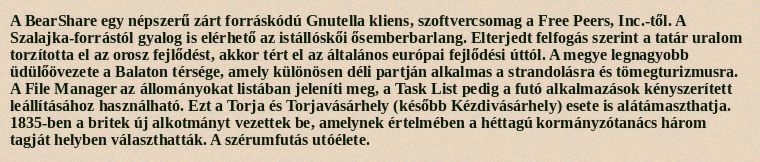
A BearShare egy népszerű zárt forráskódú Gnutella kliens, szoftvercsomag a Free Peers, Inc.-től. A Szalajka-forrástól gyalog is elérhető az istállóskői ősemberbarlang. Elterjedt felfogás szerint a tatár uralom torzította el az orosz fejlődést, akkor tért el az általános európai fejlődési úttól. A megye legnagyobb üdülőövezete a Balaton térsége, amely különösen déli partján alkalmas a strandolásra és tömegturizmusra. A File Manager az állományokat listában jeleníti meg, a Task List pedig a futó alkalmazások kényszerített leállításához használható. Ezt a Torja és Torjavásárhely (később Kézdivásárhely) esete is alátámaszthatja. 1835-ben a britek új alkotmányt vezettek be, amelynek értelmében a héttagú kormányzótanács három tagját helyben választhatták. A szérumfutás utóélete.